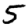
Digit: 5